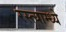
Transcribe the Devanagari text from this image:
रस्त्याम्ध्ये